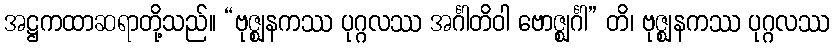
အဋ္ဌကထာဆရာတို့သည်။ “ဗုဇ္ဈနကဿ ပုဂ္ဂလဿ အင်္ဂါတိဝါ ဗောဇ္ဈင်္ဂါ” တိ၊ ဗုဇ္ဈနကဿ ပုဂ္ဂလဿ